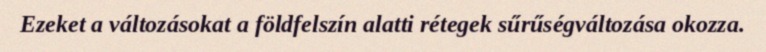
Ezeket a változásokat a földfelszín alatti rétegek sűrűségváltozása okozza.